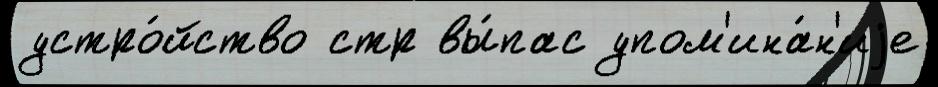
устро́йство стр вы́пас упом'ина́н'иjе